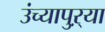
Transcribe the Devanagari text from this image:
उंच्यापुऱ्या